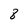
Character: 8